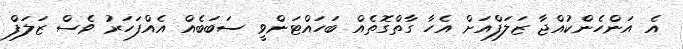
އެ އަންހެންކުއްޖާ ޒަލަފްއަށް އެހާ ގާތްގޮތެއް ބަހައްޓަންވީ ސަބަބެއް އެއްފަހަރު ވެސް ޒަލަފް